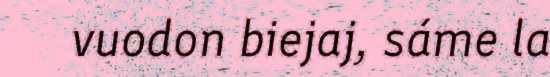
vuodon biejaj, sáme la